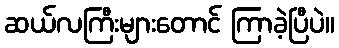
ဆယ်လကြီးများတောင် ကြာခဲ့ပြီပဲ။